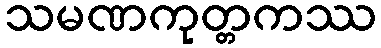
သမဏကုတ္တကဿ